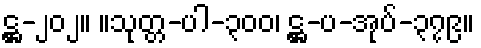
ဋ္ဌ-၂၀၂။ ။သုတ္တ-ပါ-၃၀၀၊ ဋ္ဌ-ပ-အုပ်-၃၇၉။